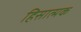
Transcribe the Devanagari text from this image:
हिसात्मक